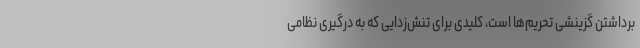
برداشتن گزینشی تحریم‌ها است، کلیدی برای تنش‌زدایی که به درگیری نظامی